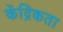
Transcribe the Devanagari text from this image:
केंद्रिकता